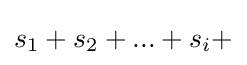
s_{1}+s_{2}+...+s_{i}+